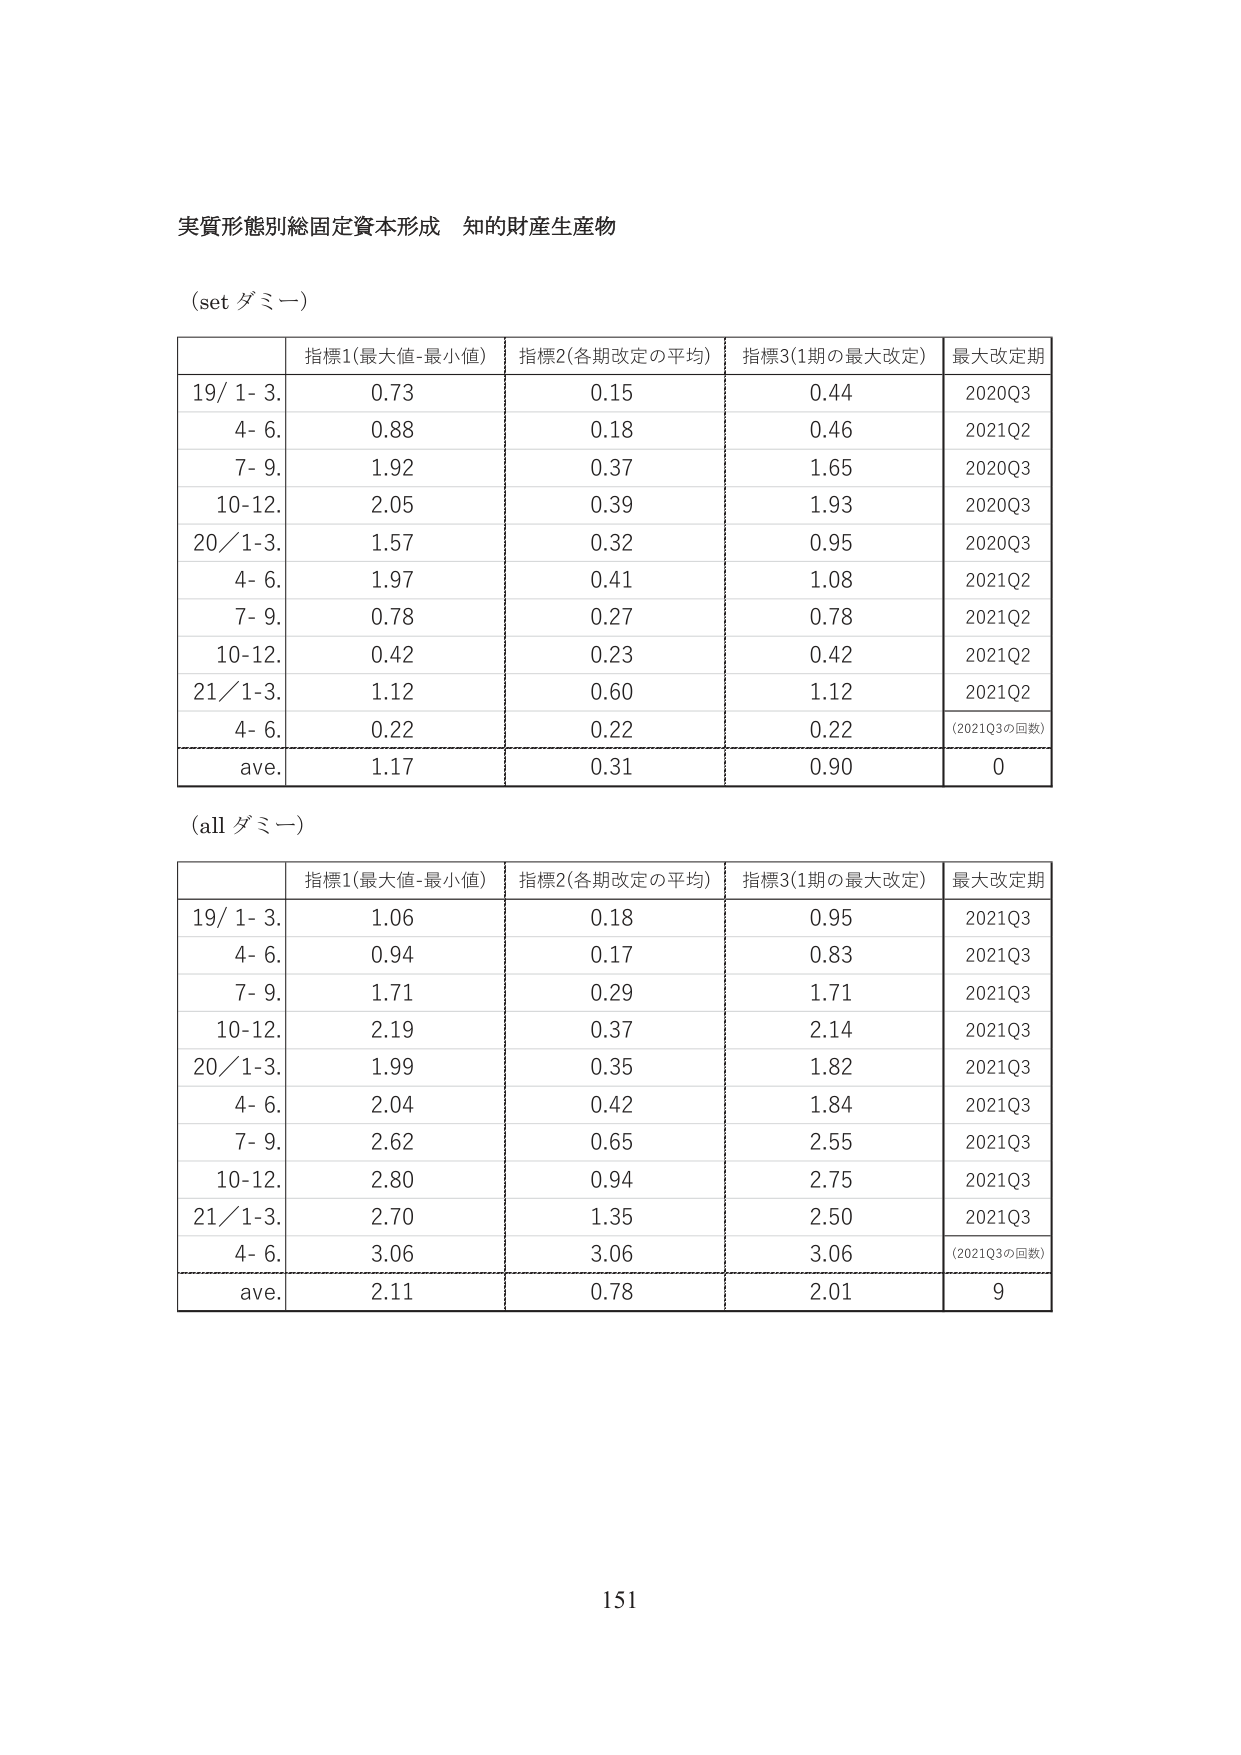
実質形態別総固定資本形成 知的財産生産物

(set ダミー)

| | 指標1(最大値-最小値) | 指標2(各期改定の平均) | 指標3(1期の最大改定) | 最大改定期 |
|---|---|---|---|---|
| 19/ 1- 3. | 0.73 | 0.15 | 0.44 | 2020Q3 |
| 4- 6. | 0.88 | 0.18 | 0.46 | 2021Q2 |
| 7- 9. | 1.92 | 0.37 | 1.65 | 2020Q3 |
| 10-12. | 2.05 | 0.39 | 1.93 | 2020Q3 |
| 20/ 1-3. | 1.57 | 0.32 | 0.95 | 2020Q3 |
| 4- 6. | 1.97 | 0.41 | 1.08 | 2021Q2 |
| 7- 9. | 0.78 | 0.27 | 0.78 | 2021Q2 |
| 10-12. | 0.42 | 0.23 | 0.42 | 2021Q2 |
| 21/ 1-3. | 1.12 | 0.60 | 1.12 | 2021Q2 |
| 4- 6. | 0.22 | 0.22 | 0.22 | (2021Q3の回数) |
| ave. | 1.17 | 0.31 | 0.90 | 0 |

(all ダミー)

| | 指標1(最大値-最小値) | 指標2(各期改定の平均) | 指標3(1期の最大改定) | 最大改定期 |
|---|---|---|---|---|
| 19/ 1- 3. | 1.06 | 0.18 | 0.95 | 2021Q3 |
| 4- 6. | 0.94 | 0.17 | 0.83 | 2021Q3 |
| 7- 9. | 1.71 | 0.29 | 1.71 | 2021Q3 |
| 10-12. | 2.19 | 0.37 | 2.14 | 2021Q3 |
| 20/ 1-3. | 1.99 | 0.35 | 1.82 | 2021Q3 |
| 4- 6. | 2.04 | 0.42 | 1.84 | 2021Q3 |
| 7- 9. | 2.62 | 0.65 | 2.55 | 2021Q3 |
| 10-12. | 2.80 | 0.94 | 2.75 | 2021Q3 |
| 21/ 1-3. | 2.70 | 1.35 | 2.50 | 2021Q3 |
| 4- 6. | 3.06 | 3.06 | 3.06 | (2021Q3の回数) |
| ave. | 2.11 | 0.78 | 2.01 | 9 |

151